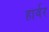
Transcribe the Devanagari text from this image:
हार्वर